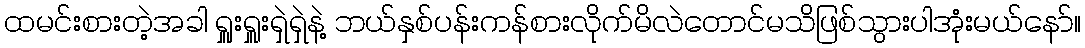
ထမင်းစားတဲ့အခါ ရှူးရှူးရှဲရှဲနဲ့ ဘယ်နှစ်ပန်းကန်စားလိုက်မိလဲတောင်မသိဖြစ်သွားပါအုံးမယ်နော်။